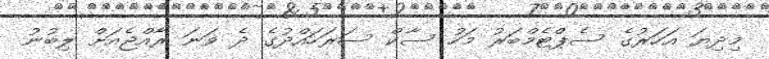
މިދިޔަ އަހަރުގެ ސެޕްޓެމްބަރު މަހު ސާކް ސަރަހައްދުގެ ދެ ވަނަ ރާއްޖެއަށް ލިބުނު